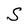
Character: S